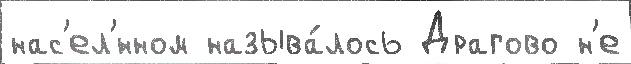
нас'ел'́нном называ́лось Драгово н'е